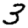
Digit: 3